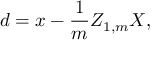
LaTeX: d = x - { \frac { 1 } { m } } Z _ { 1 , m } X ,